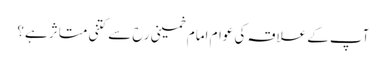
آپ کے علاقہ کی عوام امام خمینی رح سے کتنی متاثر ہے؟